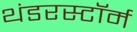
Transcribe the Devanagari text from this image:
थंडरस्टॉर्म